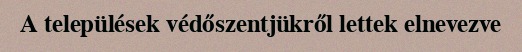
A települések védőszentjükről lettek elnevezve